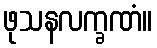
ဖုသနလက္ခဏံ။